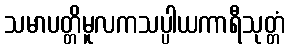
သမာပတ္တိမူလကသပ္ပါယကာရီသုတ္တံ